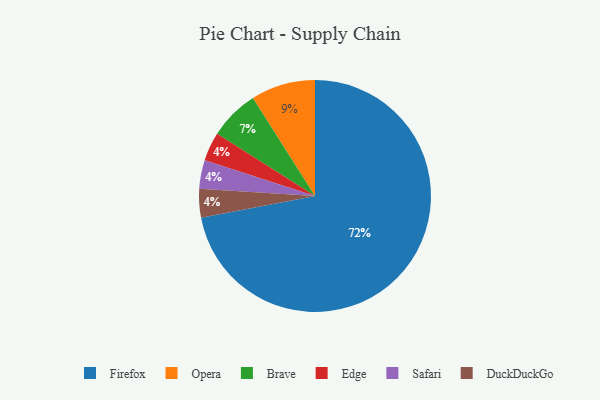
{"axis": {"x": "Category", "y": "Percentage"}, "legend": ["Brave", "DuckDuckGo", "Edge", "Firefox", "Opera", "Safari"], "data": [{"x": "Firefox", "y": 72, "type": "Firefox"}, {"x": "Opera", "y": 9, "type": "Opera"}, {"x": "Edge", "y": 4, "type": "Edge"}, {"x": "Safari", "y": 4, "type": "Safari"}, {"x": "Brave", "y": 7, "type": "Brave"}, {"x": "DuckDuckGo", "y": 4, "type": "DuckDuckGo"}]}